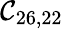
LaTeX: \mathcal{C}_{26,22}